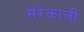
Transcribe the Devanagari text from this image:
सेरेकाली